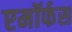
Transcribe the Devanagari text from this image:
एमॉर्फस